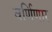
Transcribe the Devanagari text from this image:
वर्णिणार